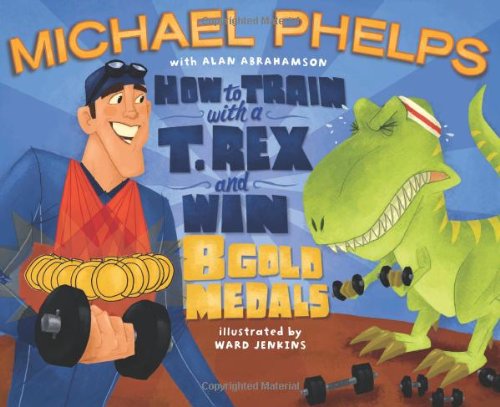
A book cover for How to Train with a T. Rex and Win 8 Gold Medals; Michael Phelps; Health, Fitness & Dieting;